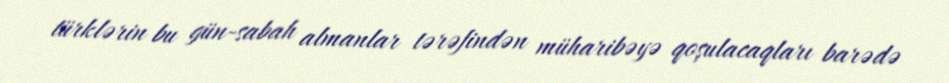
türklərin bu gün-sabah almanlar tərəfindən müharibəyə qoşulacaqları barədə